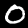
Label: 0